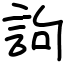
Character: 訽